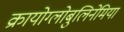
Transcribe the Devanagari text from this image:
क्रायोग्लोबुलिनेमिया